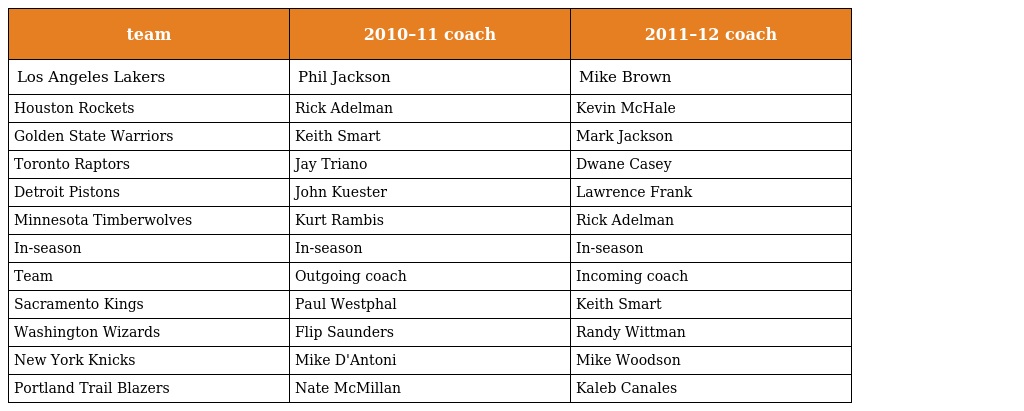
| team | 2010–11 coach | 2011–12 coach |
 | --- | --- | --- |
 | Los Angeles Lakers | Phil Jackson | Mike Brown |
 | Houston Rockets | Rick Adelman | Kevin McHale |
 | Golden State Warriors | Keith Smart | Mark Jackson |
 | Toronto Raptors | Jay Triano | Dwane Casey |
 | Detroit Pistons | John Kuester | Lawrence Frank |
 | Minnesota Timberwolves | Kurt Rambis | Rick Adelman |
 | In-season | In-season | In-season |
 | Team | Outgoing coach | Incoming coach |
 | Sacramento Kings | Paul Westphal | Keith Smart |
 | Washington Wizards | Flip Saunders | Randy Wittman |
 | New York Knicks | Mike D'Antoni | Mike Woodson |
 | Portland Trail Blazers | Nate McMillan | Kaleb Canales |